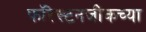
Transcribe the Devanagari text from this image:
फॉरेस्टनजीकच्या